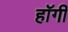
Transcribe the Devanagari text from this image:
हॉगी